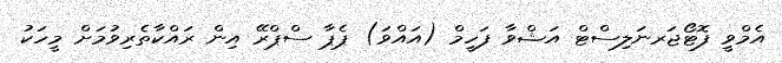
އެމްވީ ފޮޓޯޖަރނަލިސްޓް އަޝްވާ ފަހީމް (އައްވަ) ޕެޕާ ސްޕްރޭ އިން ރައްކާތެރިވުމަށް މީހަކު